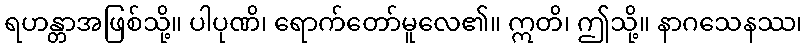
ရဟန္တာအဖြစ်သို့။ ပါပုဏိ၊ ရောက်တော်မူလေ၏။ ဣတိ၊ ဤသို့။ နာဂသေနဿ၊